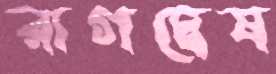
রাগদ্বেষ